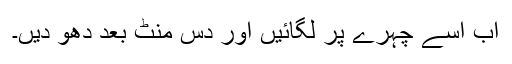
اب اِسے چہرے پر لگائیں اور دس منٹ بعد دھو دیں۔